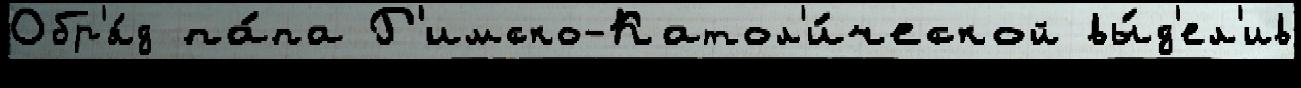
Обр'я́д па́па Р'имско-Катол'и́ческой вы́д'ел'ив